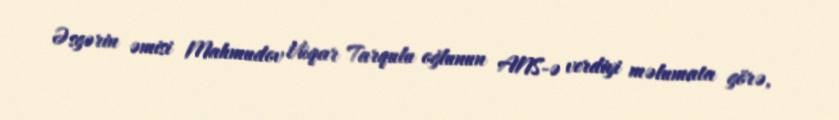
Əsgərin əmisi Mahmudov Vüqar Tarqulu oğlunun ANS-ə verdiyi məlumata görə,